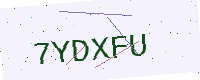
Text: 7YDXFU